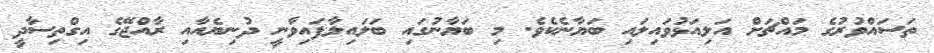
ތަސައްވުރުގެ މައްޗަށް އަލިއަޅުވައިލައި ބަޔާނެކެވެ. މި ބަޔާނުގައި ބަލައިލާފައިވާނީ ދުނިޔެއާއި ރާއްޖޭގެ އިގްތިސާދީ